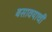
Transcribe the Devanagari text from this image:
बसावयाची